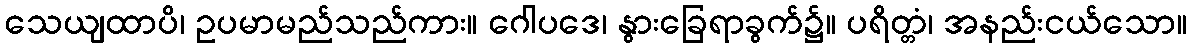
သေယျထာပိ၊ ဥပမာမည်သည်ကား။ ဂေါပဒေ၊ နွားခြေရာခွက်၌။ ပရိတ္တံ၊ အနည်းငယ်သော။